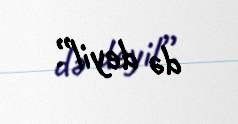
də deyil”.